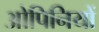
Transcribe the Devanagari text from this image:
ओपिनियों